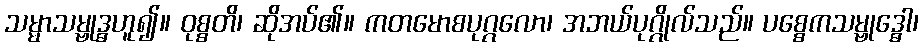
သမ္မာသမ္ဗုဒ္ဓဟူ၍။ ဝုစ္စတိ၊ ဆိုအပ်၏။ ကတမောစပုဂ္ဂလော၊ အဘယ်ပုဂ္ဂိုလ်သည်။ ပစ္စေကသမ္ဗုဒ္ဓေါ၊